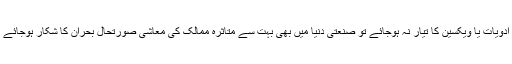
انہوں نے کہا کہ اگر چھ ماہ کے اندر اندر اس مرض کی حتمی علاج کیلئے ادویات یا ویکسین کا تیار نہ ہوجائے تو صنعتی دنیا میں بھی بہت سے متاثرہ ممالک کی معاشی صورتحال بحران کا شکار ہوجائے گی؛ علاج میں تاخیر بحران کی شدت میں مزید اضافہ کا باعث بن جائے گا۔